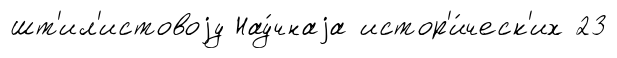
шт'ил'истовоjу Нау́чнаjа истор'и́ческ'их 23